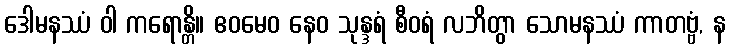
ဒေါမနဿံ ဝါ ကရောန္တိ။ ဧဝမေဝ နေဝ သုန္ဒရံ စီဝရံ လဘိတွာ သောမနဿံ ကာတဗ္ဗံ, န